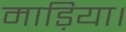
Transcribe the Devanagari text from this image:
माड़िया।